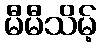
မီမီသိမ့်